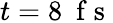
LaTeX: t=8~\mathrm{~f~s~}